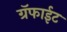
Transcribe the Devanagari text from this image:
ग्रॅफाईट